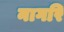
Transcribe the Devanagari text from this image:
नागरि